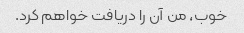
خوب، من آن را دریافت خواهم کرد.